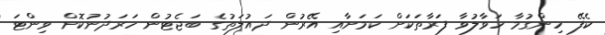
ކެފޭ ހިންގުމާ ހަވާލުވާ ފަރާތަކަށް ކަމަށާއި އޭރުން ދައުލަތުގެ ބަޖެޓުން ހަރަދުނުކޮށް ވިންޓަ